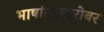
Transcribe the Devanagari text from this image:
भाषांतराबरोबर